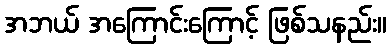
အဘယ် အကြောင်းကြောင့် ဖြစ်သနည်း။